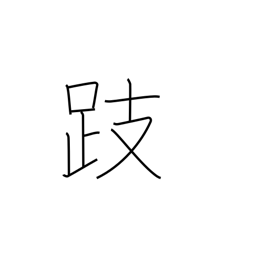
Meaning: stand on tiptoes